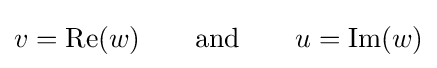
v={\rm {Re}}(w)\qquad {\rm {and}}\qquad u={\rm {Im}}(w)